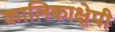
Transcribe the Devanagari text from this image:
कालिकाक्षेपी